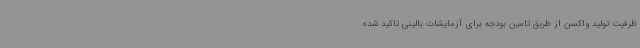
ظرفیت تولید واکسن از طریق تامین بودجه برای آزمایشات بالینی تاکید شده